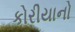
કોરીયાનો